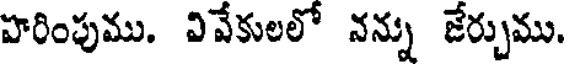
హరింపుము. వివేకులలో నన్ను జేర్చుము.